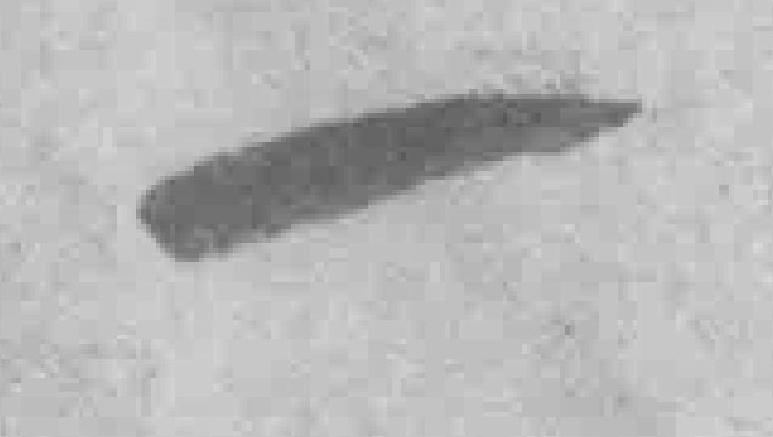
一